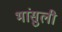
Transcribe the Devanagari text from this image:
भांसुली